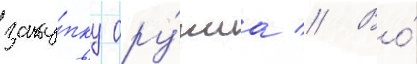
заку́пку ору́жиа // Во́